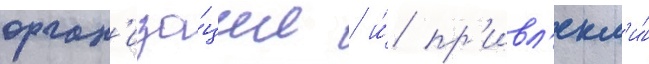
орган'иза́ции / и́ пр'ивл'екл'и́